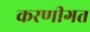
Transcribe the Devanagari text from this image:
करणीगत